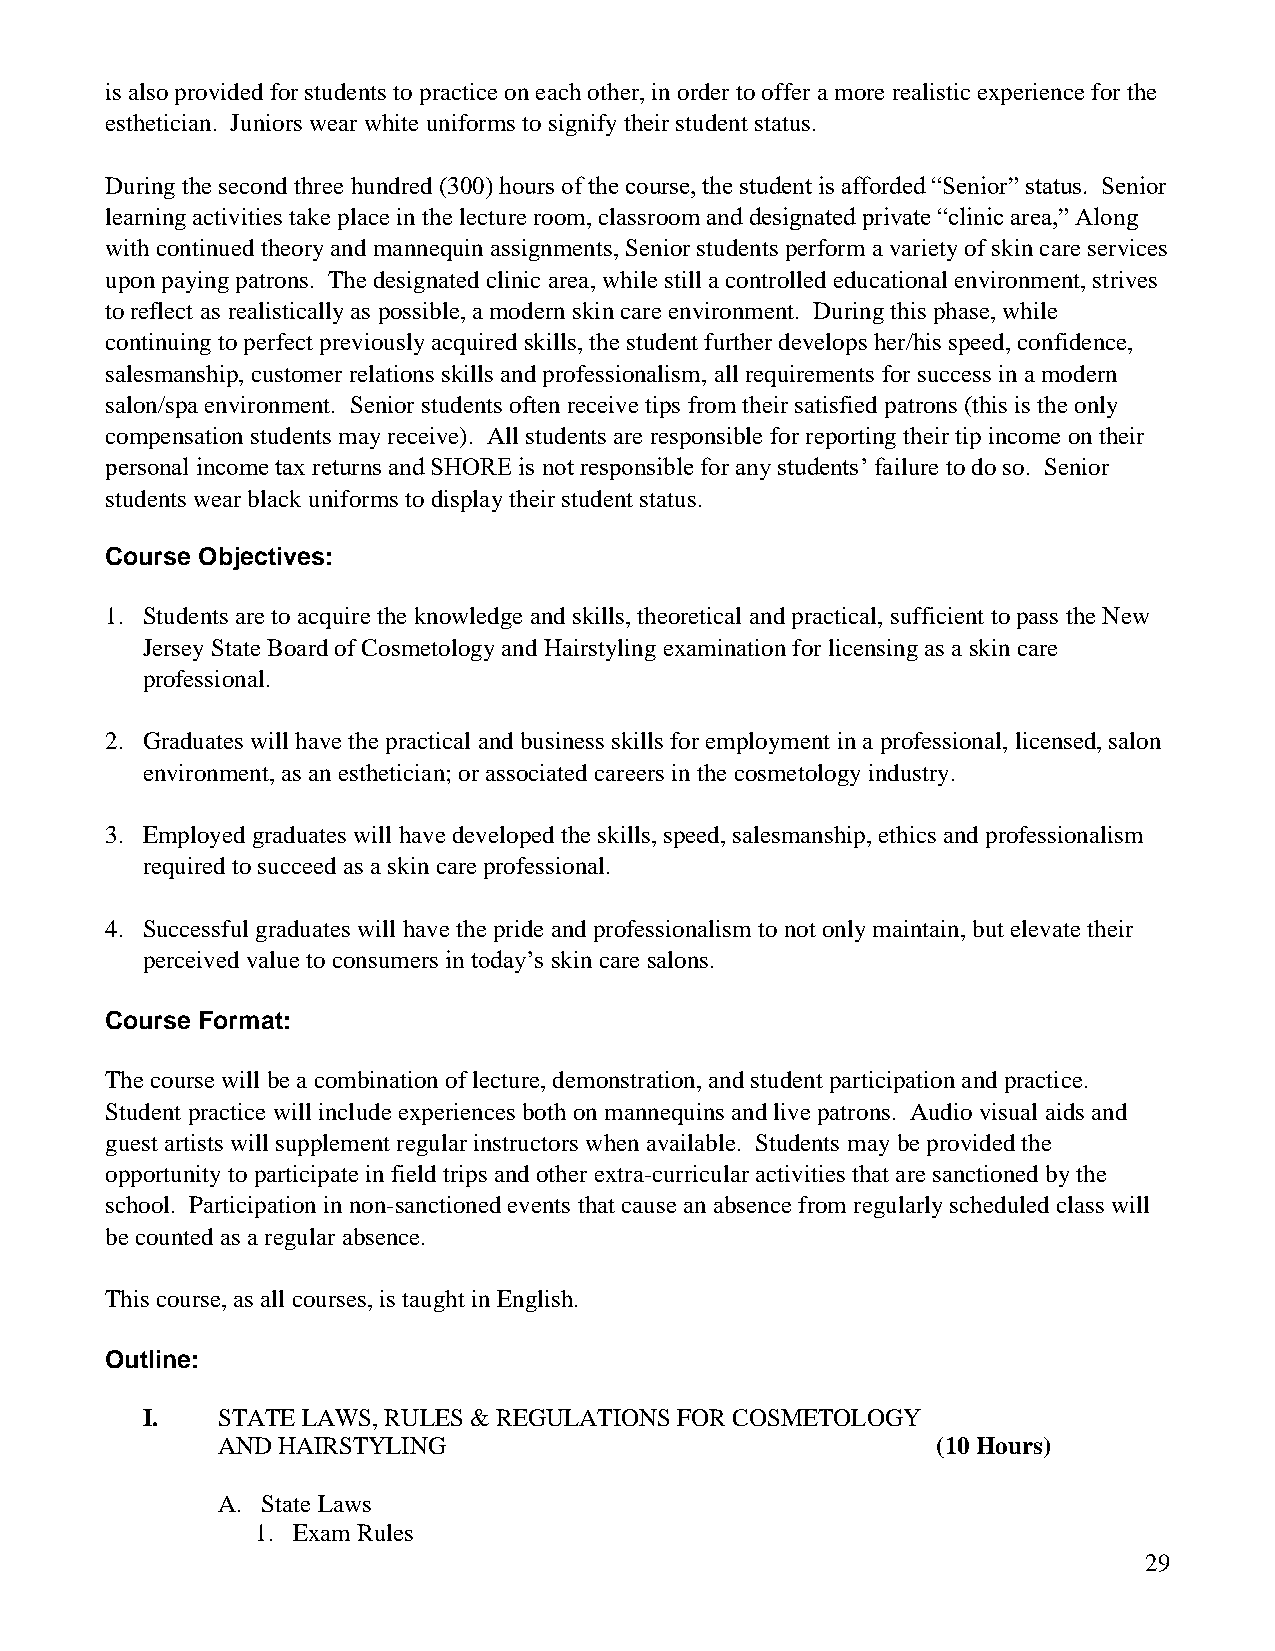
is also provided for students to practice on each other, in order to offer a more realistic experience for the
 esthetician. Juniors wear white uniforms to signify their student status.
 During the second three hundred (300) hours of the course, the student is afforded “Senior” status. Senior
 learning activities take place in the lecture room, classroom and designated private “clinic area,” Along
 with continued theory and mannequin assignments, Senior students perform a variety of skin care services
 upon paying patrons. The designated clinic area, while still a controlled educational environment, strives
 to reflect as realistically as possible, a modern skin care environment. During this phase, while
 continuing to perfect previously acquired skills, the student further develops her/his speed, confidence,
 salesmanship, customer relations skills and professionalism, all requirements for success in a modern
 salon/spa environment. Senior students often receive tips from their satisfied patrons (this is the only
 compensation students may receive). All students are responsible for reporting their tip income on their
 personal income tax returns and SHORE is not responsible for any students’ failure to do so. Senior
 students wear black uniforms to display their student status.
 Course Objectives:
 1. Students are to acquire the knowledge and skills, theoretical and practical, sufficient to pass the New
 Jersey State Board of Cosmetology and Hairstyling examination for licensing as a skin care
 professional.
 2. Graduates will have the practical and business skills for employment in a professional, licensed, salon
 environment, as an esthetician; or associated careers in the cosmetology industry.
 3. Employed graduates will have developed the skills, speed, salesmanship, ethics and professionalism
 required to succeed as a skin care professional.
 4. Successful graduates will have the pride and professionalism to not only maintain, but elevate their
 perceived value to consumers in today’s skin care salons.
 Course Format:
 The course will be a combination of lecture, demonstration, and student participation and practice.
 Student practice will include experiences both on mannequins and live patrons. Audio visual aids and
 guest artists will supplement regular instructors when available. Students may be provided the
 opportunity to participate in field trips and other extra-curricular activities that are sanctioned by the
 school. Participation in non-sanctioned events that cause an absence from regularly scheduled class will
 be counted as a regular absence.
 This course, as all courses, is taught in English.
 Outline:
 I.   STATE LAWS, RULES & REGULATIONS FOR COSMETOLOGY
 AND HAIRSTYLING                                 (10 Hours)
 A. State Laws
 1. Exam Rules
 29